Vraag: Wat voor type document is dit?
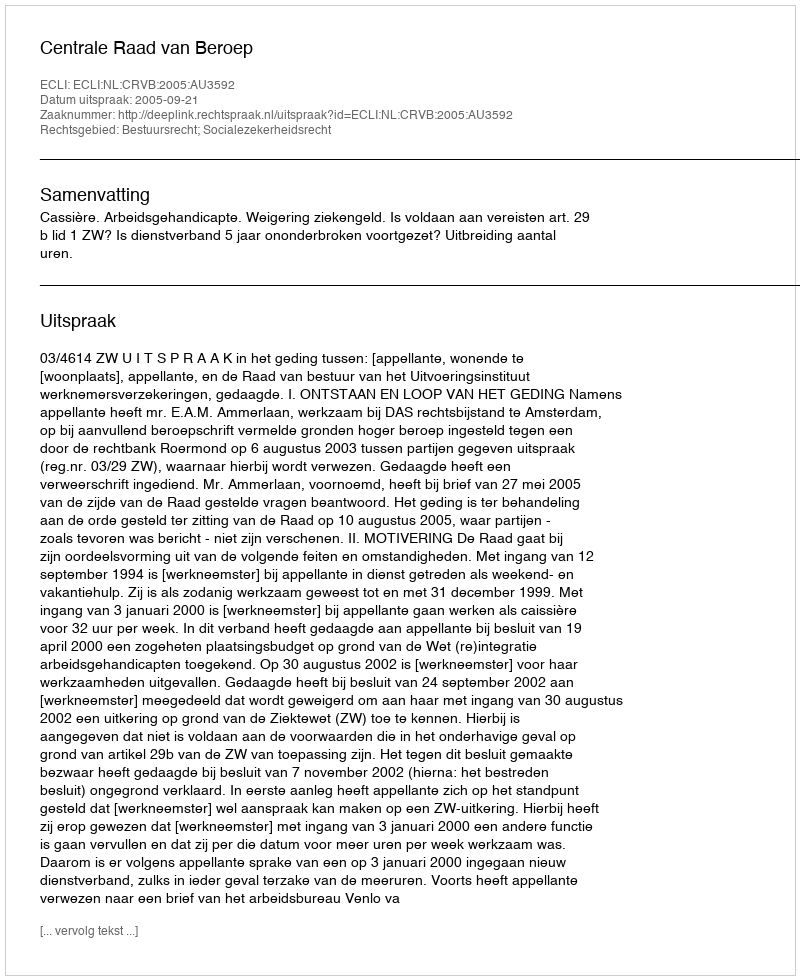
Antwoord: Uitspraak